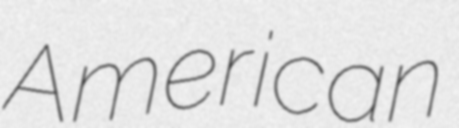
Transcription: American